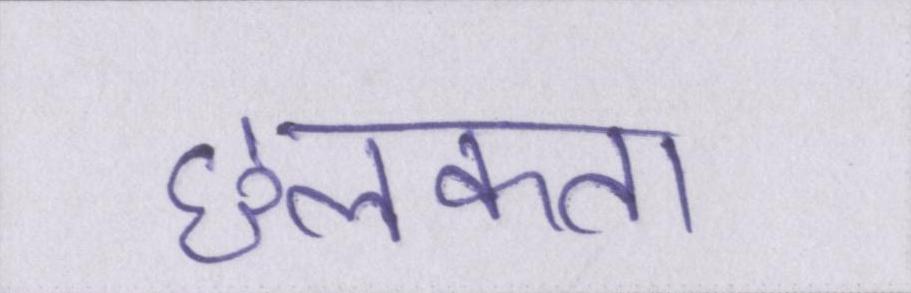
छलकता